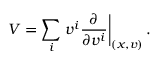
V = \sum _ { i } \left. v ^ { i } { \frac { \partial } { \partial v ^ { i } } } \right| _ { ( x , v ) } .